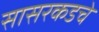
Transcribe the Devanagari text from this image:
सासरकडचे